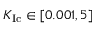
K _ { \mathrm { I c } } \in [ 0 . 0 0 1 , 5 ]